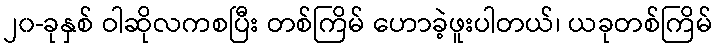
၂၀-ခုနှစ် ဝါဆိုလကစပြီး တစ်ကြိမ် ဟောခဲ့ဖူးပါတယ်၊ ယခုတစ်ကြိမ်